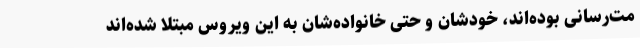
مت‌رسانی بوده‌اند، خودشان و حتی خانواده‌شان به این ویروس مبتلا شده‌اند